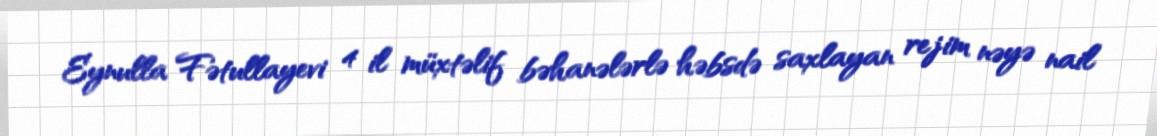
Eynulla Fətullayevi 4 il müxtəlif bəhanələrlə həbsdə saxlayan rejim nəyə nail